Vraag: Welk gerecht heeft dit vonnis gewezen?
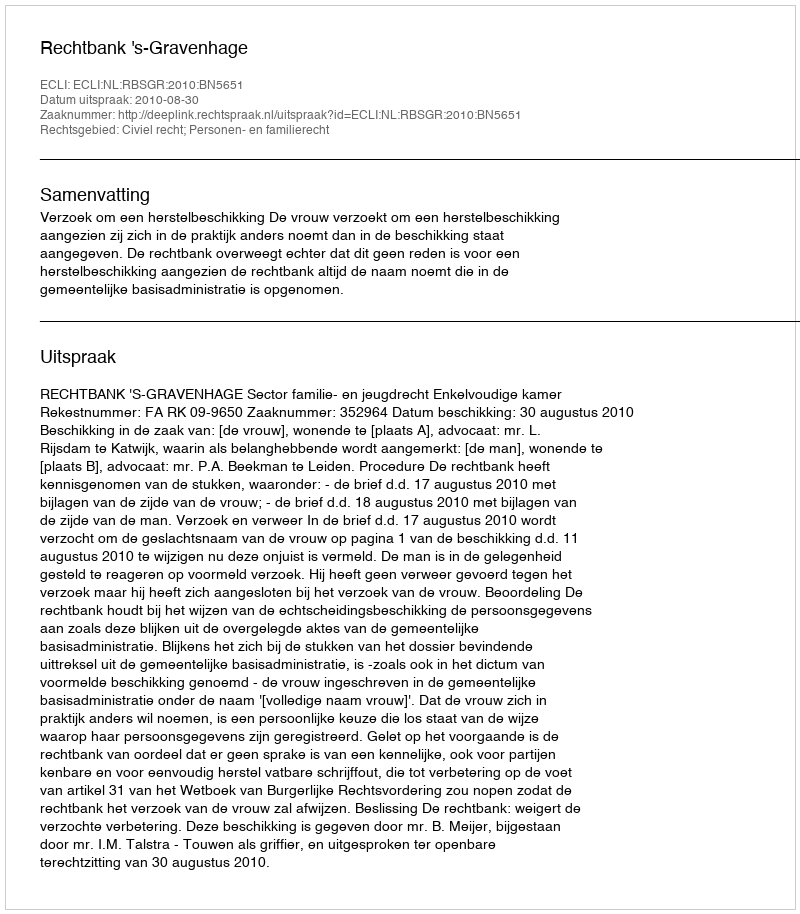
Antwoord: Rechtbank 's-Gravenhage